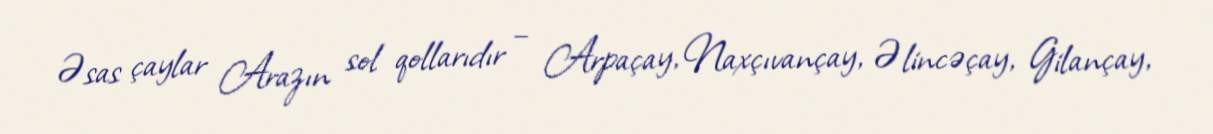
Əsas çaylar Arazın sol qollarıdır – Arpaçay, Naxçıvançay, Əlincəçay, Gilançay,